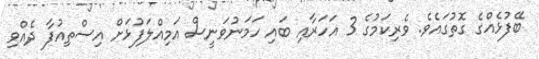
ބޭފުޅެެއްގެ ގޮތުގައެވެ. ވެރިކަމުގެ 3 އަހަރާއި ބައި ހަމަނުވަނީސް އަމިއްލަފުޅަށް އިސްތިއުފާ ދެއްވި